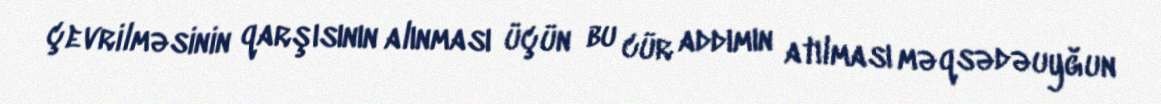
çevrilməsinin qarşısının alınması üçün bu cür addımın atılması məqsədəuyğun